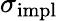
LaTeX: \sigma_{\textrm{impl}}